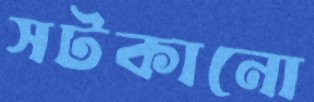
সটকানো